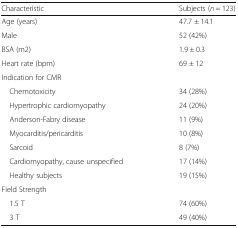
<table><thead><tr><td><b>Characteristic</b></td><td><b>Subjects (<i>n</i> = 123)</b></td></tr></thead><tbody><tr><td>Age (years)</td><td>47.7 ± 14.1</td></tr><tr><td>Male</td><td>52 (42%)</td></tr><tr><td>BSA (m2)</td><td>1.9 ± 0.3</td></tr><tr><td>Heart rate (bpm)</td><td>69 ± 12</td></tr><tr><td colspan="2">Indication for CMR</td></tr><tr><td> Chemotoxicity</td><td>34 (28%)</td></tr><tr><td> Hypertrophic cardiomyopathy</td><td>24 (20%)</td></tr><tr><td> Anderson-Fabry disease</td><td>11 (9%)</td></tr><tr><td> Myocarditis/pericarditis</td><td>10 (8%)</td></tr><tr><td> Sarcoid</td><td>8 (7%)</td></tr><tr><td> Cardiomyopathy, cause unspecified</td><td>17 (14%)</td></tr><tr><td> Healthy subjects</td><td>19 (15%)</td></tr><tr><td colspan="2">Field Strength</td></tr><tr><td> 1.5 T</td><td>74 (60%)</td></tr><tr><td> 3 T</td><td>49 (40%)</td></tr></tbody></table>